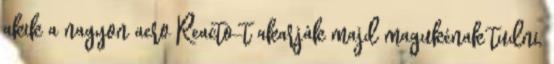
akik a nagyon aero Reacto-t akarják majd magukénak tudni,